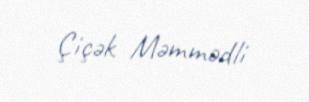
Çiçək Məmmədli